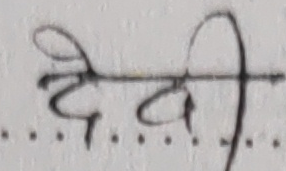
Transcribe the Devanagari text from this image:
देवी